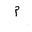
Letter: _mim